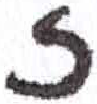
אות: ז